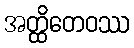
အတ္ထိတေဝဿ